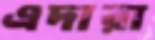
এদারা